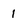
Character: 1